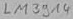
Text: LM3914